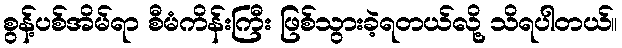
စွန့်ပစ်အိမ်ရာ စီမံကိန်းကြီး ဖြစ်သွားခဲ့ရတယ်လို့ သိရပါတယ်။